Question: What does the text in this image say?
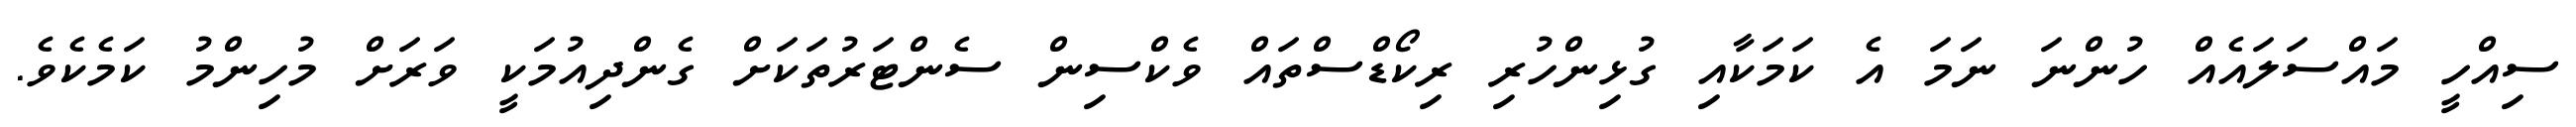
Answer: ސިއްހީ މައްސަލައެއް ހުންނަ ނަމަ އެ ކަމަކާއި ގުޅިންހުރި ރިކޯޑްސްތައް ވެކްސިން ސެންޓަރުތަކަށް ގެންދިއުމަކީ ވަރަށް މުހިންމު ކަމެކެވެ.